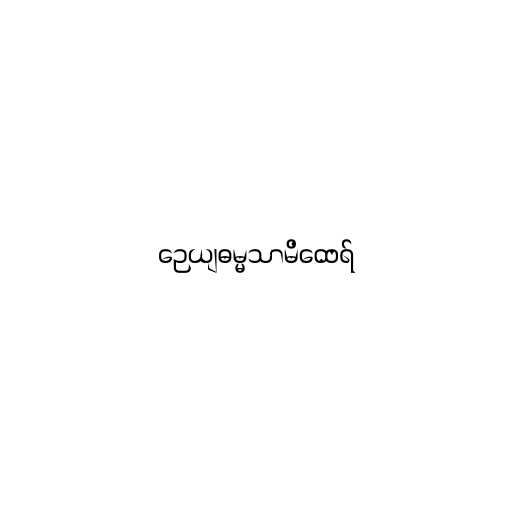
ဉေယျဓမ္မသာမိထေရ်